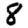
Digit: 8